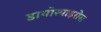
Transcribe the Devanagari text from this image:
डायोस्पाइरोस